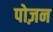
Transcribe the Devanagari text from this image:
पोज़न